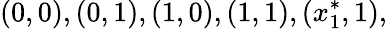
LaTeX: (0,0),(0,1),(1,0),(1,1),(x_{1}^{*},1),